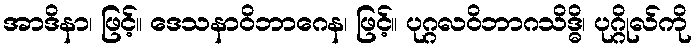
အာဒိနာ၊ ဖြင့်။ ဒေသနာဝိဘာဂေန၊ ဖြင့်။ ပုဂ္ဂလဝိဘာဂသိဒ္ဓိ၊ ပုဂ္ဂိုလ်ကို